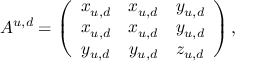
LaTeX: A ^ { u , d } = \left( \begin{array} { c c c } { { x _ { u , d } } } & { { x _ { u , d } } } & { { y _ { u , d } } } \\ { { x _ { u , d } } } & { { x _ { u , d } } } & { { y _ { u , d } } } \\ { { y _ { u , d } } } & { { y _ { u , d } } } & { { z _ { u , d } } } \end{array} \right) ,